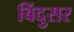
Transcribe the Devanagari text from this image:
बिंदुसर